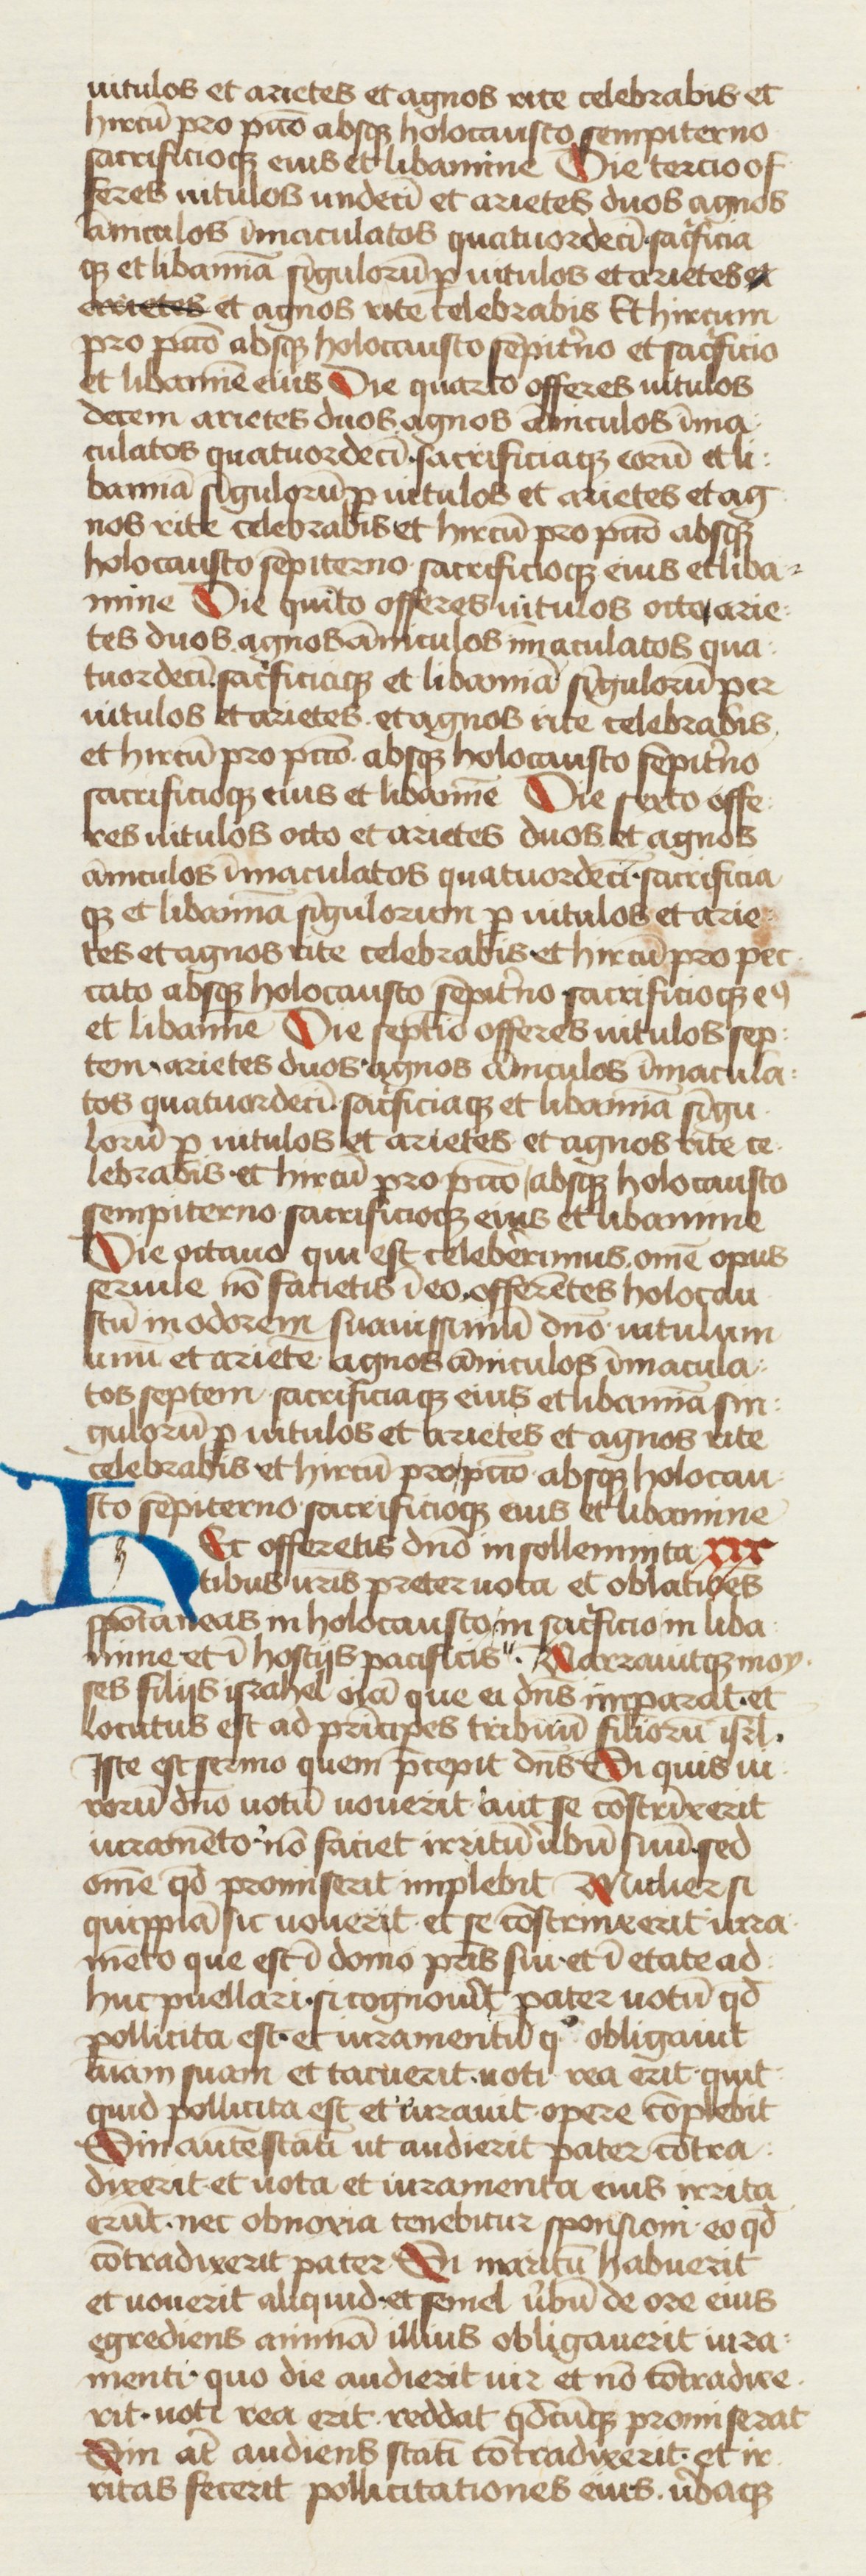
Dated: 1434–1466